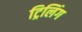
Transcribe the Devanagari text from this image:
ट्रिलिंग